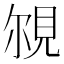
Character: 覙